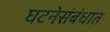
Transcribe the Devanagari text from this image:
घटनेसंबंधात